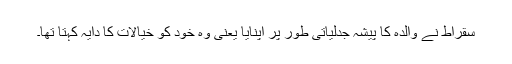
سقراط نے والدہ کا پیشہ جدلیاتی طور پر اپنایا یعنی وہ خود کو خیالات کا دایہ کہتا تھا۔